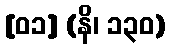
[၀၁] (နိ၊ ၁၃၀)